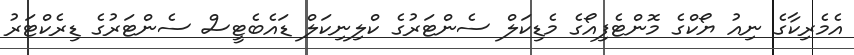
އެމެރިކާގެ ނިއު ޔޯކްގެ މޮންޓެފިއޯގެ މެޑިކަލް ސެންޓަރުގެ ކްލިނިކަލް ޑައެބެޓީސް ސެންޓަރުގެ ޑިރެކްޓަރު